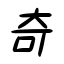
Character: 奇